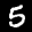
Label: 5